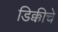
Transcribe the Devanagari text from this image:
डिक्कीचे